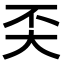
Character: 奀